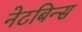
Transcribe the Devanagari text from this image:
नेटबिन्स